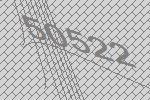
50522